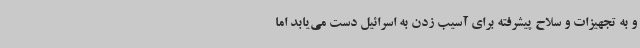
و به تجهیزات و سلاح پیشرفته برای آسیب زدن به اسرائیل دست می‌یابد اما